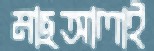
মাছআলাই